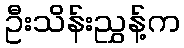
ဦးသိန်းညွှန့်က